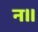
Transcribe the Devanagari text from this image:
न।।